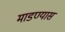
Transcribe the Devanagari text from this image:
माडण्यास